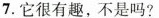
7.它很有趣,不是吗?